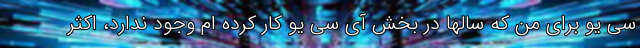
سی یو برای من که سالها در بخش آی سی یو کار کرده ام وجود ندارد، اکثر